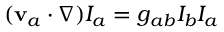
\begin{array} { r } { ( \mathbf { v } _ { a } \cdot \nabla ) I _ { a } = g _ { a b } I _ { b } I _ { a } } \end{array}